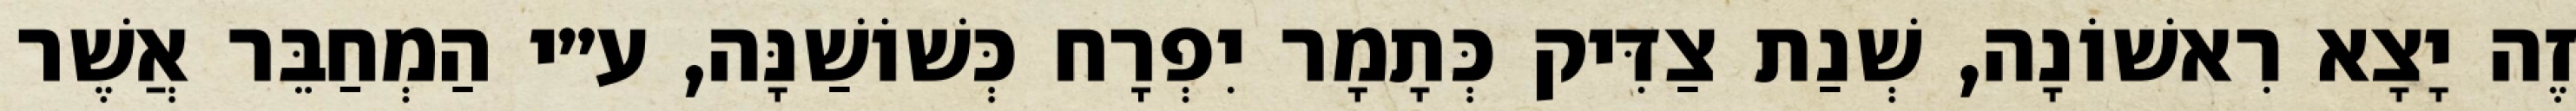
זֶה יָצָא רִאשׁוֹנָה, שְׁנַת צַדִּיק כְּתָמָר יִפְרָח כְּשׁוֹשַׁנָּה, ע״י הַמְחַבֵּר אֲשֶׁר